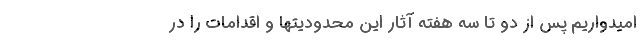
امیدواریم پس از دو تا سه هفته آثار این محدودیتها و اقدامات را در